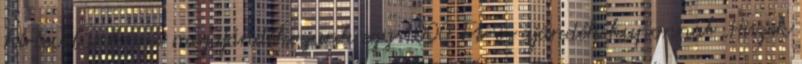
hírlevelünkre és megajándékozunk egy 1000 Ft-os ajándék kuponnal „Hiszek